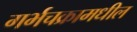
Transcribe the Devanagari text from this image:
गर्भचक्रामधील